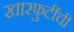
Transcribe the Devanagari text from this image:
खारफुटींची